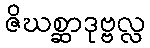
ဇိဃစ္ဆာဒုဗ္ဗလ္လ